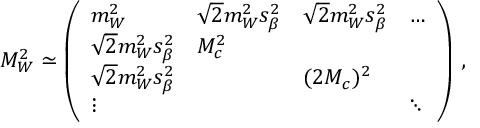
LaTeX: { \cal M } _ { W } ^ { 2 } \simeq \left( \begin{array} { l l l l } { { m _ { W } ^ { 2 } } } & { { \sqrt { 2 } m _ { W } ^ { 2 } s _ { \beta } ^ { 2 } } } & { { \sqrt { 2 } m _ { W } ^ { 2 } s _ { \beta } ^ { 2 } } } & { { \dots } } \\ { { \sqrt { 2 } m _ { W } ^ { 2 } s _ { \beta } ^ { 2 } } } & { { M _ { c } ^ { 2 } } } & { { } } & { { } } \\ { { \sqrt { 2 } m _ { W } ^ { 2 } s _ { \beta } ^ { 2 } } } & { { } } & { { ( 2 M _ { c } ) ^ { 2 } } } & { { } } \\ { { \vdots } } & { { } } & { { } } & { { \ddots } } \end{array} \right) \, ,